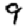
Digit: 9